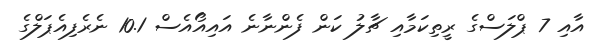
އާއި 7 ޕްލަސްގެ ރީތިކަމާއި ޗާލު ކަން ފެންނާނެ އައިއޯއެސް 10.1 ނެރެފިއެޕަލްގެ